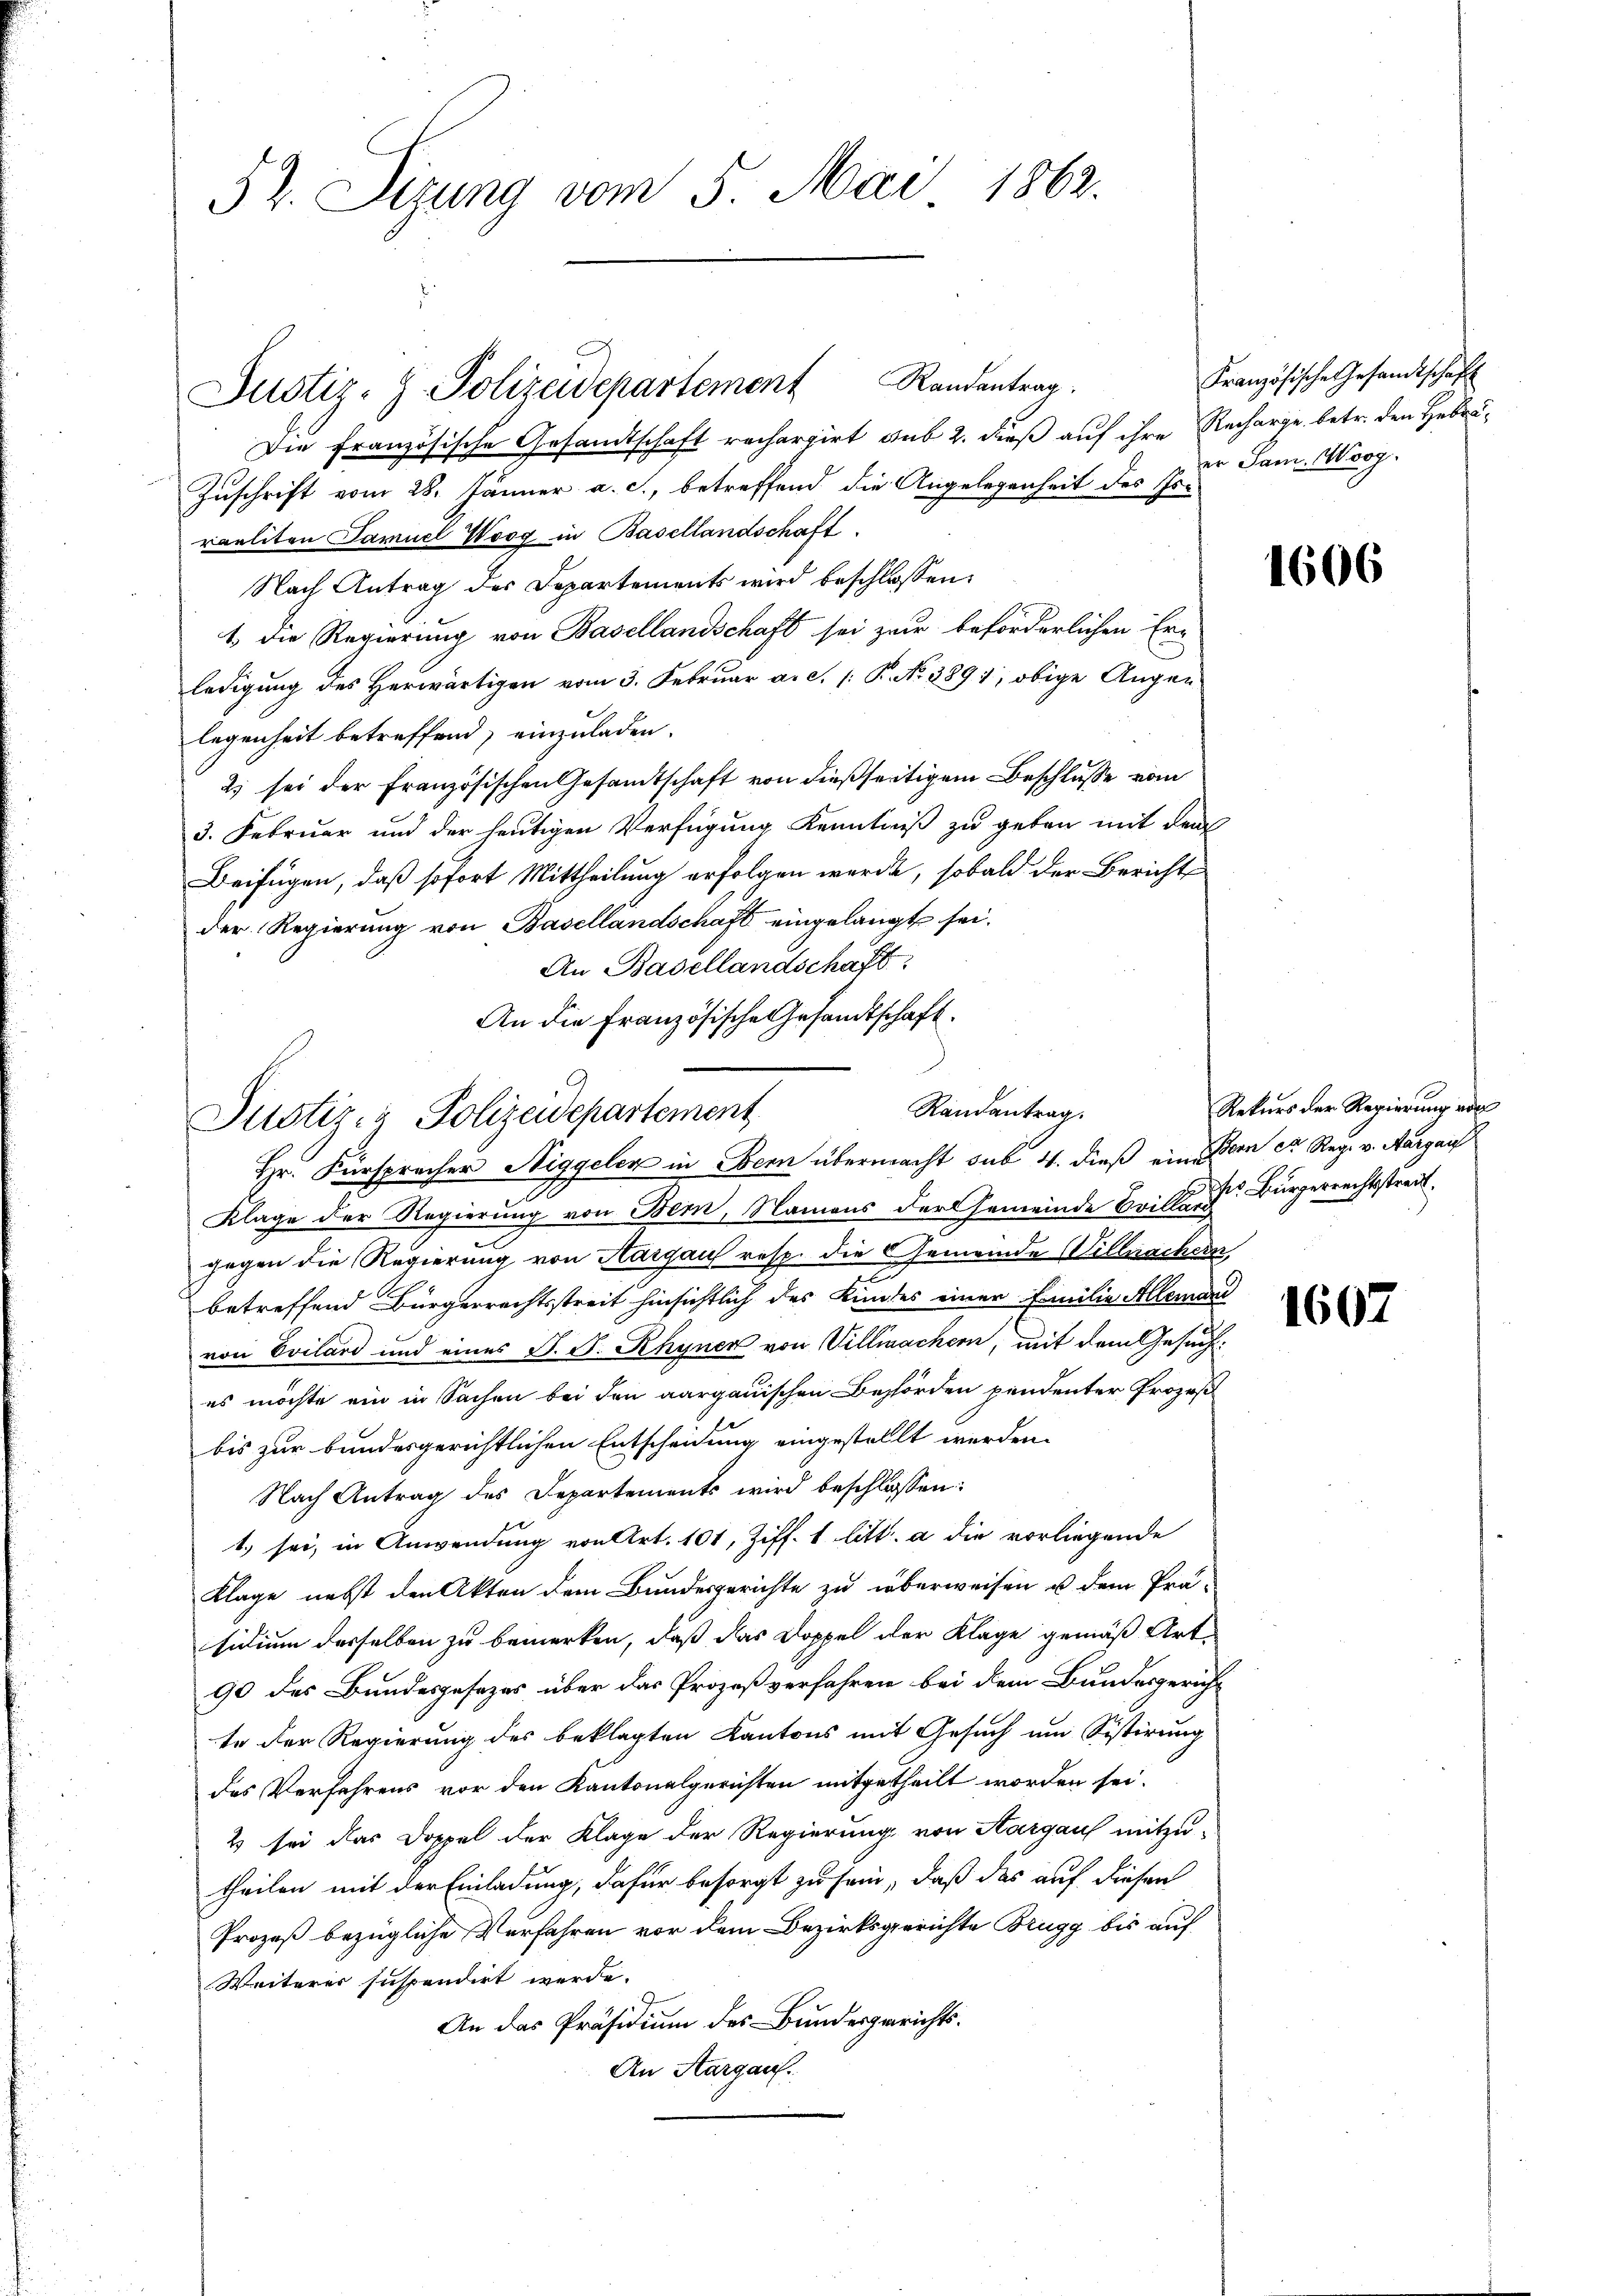
Die französische Gesandtschaft rechargirt aus 2. dieß auf ihre Recharge, betr. den Hebri¬
Zuschrift vom 28. Jänner a. c., betreffend die Angelegenheit des Her
raeliten Samuel Woog in Basellandschaft.
Nach Antrag des Departements wird beschlossen:
1 die Regierung von Basellandschaft sei zur beförderlichen Erledigung des Herwärtigen vom 3. Februar a. c. /: P. No 3891, obige Augen
legenheit betreffend, einzuladen.
2) sei der Französischen Gesamtschaft von dießseitigem Beschlusse vom
3. Februar und der heutigen Verfügung Kenntniß zu geben mit dem
Beifügen, daß sofort Mittheilung erfolgen werde, sobald der Bericht
der Regierung von Basellandschaft eingelangt sei.
An Basellandschaft
Hr. Fürspracher Niggelen in Bern übermacht sub. 4. dieß eine Bern er Reg. v. Aargau
Klage der Regierung von Bem, Namens der Gemeinde Briller Bürgerrechtsstreit
gegen die Regierung von Aargaus resp. die Gemeinde Willmachern,
betreffend Bürgerrechtsstreit hinsichtlich des Kindes einer Familie Allemand
von Evilard und eines S. S. Rhyner von Villmachern, mit dem Gesuch
es möchte ein in Sachen bei den aargauischen Behörden pendenter Prozeß
bis zur bundesgerichtlichen Entscheidung eingestellt werden.
Nach Antrag des Departements wird beschlossen:
t) sei, in Anwendung von Art. 101, Ziff. 1 litt. a die vorliegende
Klage nebst den Akten dem Bundesgerichte zu überweisen u dem Prä-
sidium desselben zu bemerken, daß das Doppel der Klage gemäß Art.
90 des Bundesgesezes über das Prozeßverfahren bei dem Bundesgericht
te der Regierung des beklagten Kantons mit Gesuch um Sistirung
das Verfahrens vor den Kantonalgerichten mitgetheilt worden sei.
2 sei das Doppel der Klage der Regierung von Aargaus mitzu-
theilen mit der Einladung, dafür besorgt zu sein, daß das auf diesen
Prozeß bezügliche Verfahren vor dem Bezirksgerichte Brugg bis auf
Weiteres suspendirt werde.
An das Präsidium des Bundesgerichts¬
An Aargau.

52. Sizung vom 5. Mai 1862.

Justiz- & Polizeidepartement Randantrag.

An die Französische Gesandtschaft.
Justizig Polizeidepartement

Randantrag.

Französische Gesandtschaft
er San. Woog.

1606

Rekurs der Regierung vor

1607